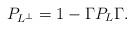
LaTeX: \begin{align*} P_{L^\perp} = 1 - \Gamma P_L \Gamma.\end{align*}